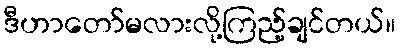
ဒီဟာတော်မလားလို့ကြည့်ချင်တယ်။